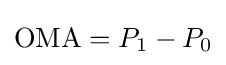
{\text{OMA}}=P_{1}-P_{0}